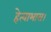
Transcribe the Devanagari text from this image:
हेत्वाभास।